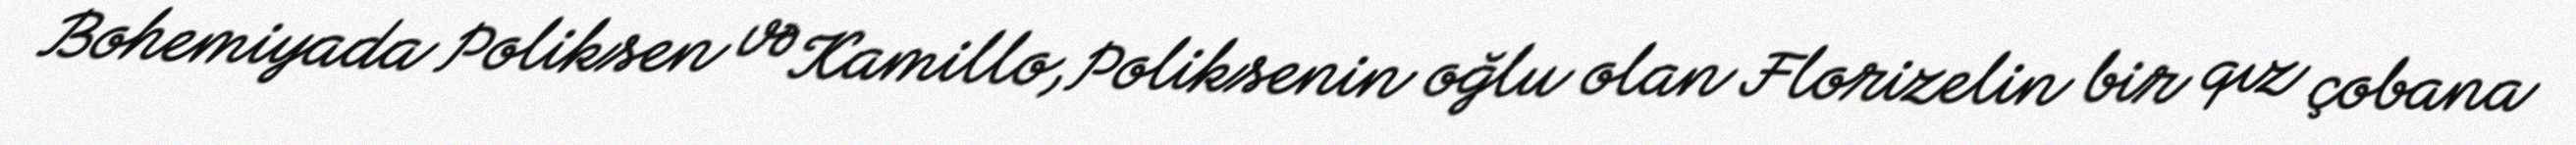
Bohemiyada Poliksen və Kamillo, Poliksenin oğlu olan Florizelin bir qız çobana